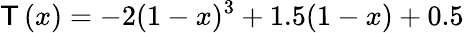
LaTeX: \mathsf{T}\left(x\right)=-2(1-x)^{3}+1.5(1-x)+0.5